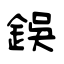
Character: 鋘